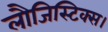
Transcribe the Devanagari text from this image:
लौजिस्टिक्स।